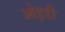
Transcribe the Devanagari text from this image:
ओइडी